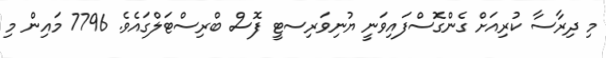
މި ދިރާސާ ކުރިއަށް ގެންގޮސްފައިވަނީ ޔުނިވަރިސޓީ ފޮސް ބްރިސްޓަލްގައެވެ. 7796 މައިން މި